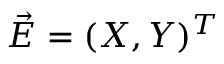
{ \vec { E } } = ( X , Y ) ^ { T }